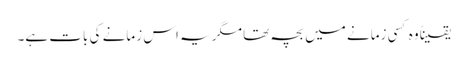
یقیناً وہ کسی زمانے میں بچہ تھا مگر یہ اس زمانے کی بات ہے۔